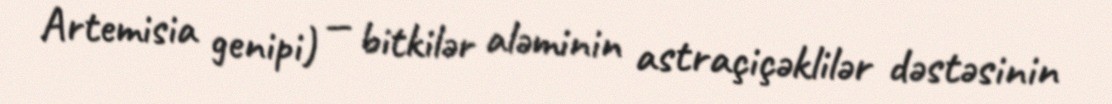
Artemisia genipi) — bitkilər aləminin astraçiçəklilər dəstəsinin